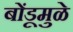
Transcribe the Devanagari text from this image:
बोंडूमुळे